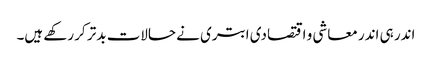
اندر ہی اندر معاشی و اقتصادی ابتری نے حالات بدتر کر رکھے ہیں۔